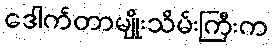
ဒေါက်တာမျိုးသိမ်းကြီးက